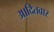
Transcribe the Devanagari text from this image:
आदितवार